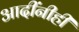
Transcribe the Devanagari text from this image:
आदींनीही